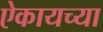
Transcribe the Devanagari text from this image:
ऐकायच्या